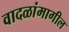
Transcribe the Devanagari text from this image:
वादळांमागील